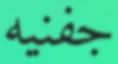
جفنيه